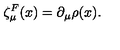
\zeta _ { \mu } ^ { F } ( x ) = \partial _ { \mu } \rho ( x ) .